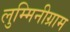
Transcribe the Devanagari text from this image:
लुम्मिनीग्राम